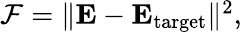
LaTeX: \begin{array}{r}{\mathcal{F}=\| \mathbf{E}-\mathbf{E}_{\mathrm{target}}\| ^{2},}\end{array}